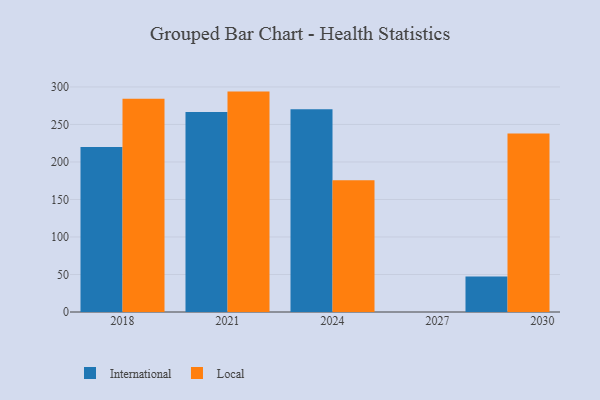
{"axis": {"x": "Year", "y": "Gross Profit (USD K)"}, "legend": ["International", "Local"], "data": [{"x": "2021", "y": 266.7, "type": "International"}, {"x": "2021", "y": 293.8, "type": "Local"}, {"x": "2018", "y": 219.8, "type": "International"}, {"x": "2018", "y": 284.4, "type": "Local"}, {"x": "2029", "y": 47.4, "type": "International"}, {"x": "2029", "y": 237.9, "type": "Local"}, {"x": "2024", "y": 270.4, "type": "International"}, {"x": "2024", "y": 175.7, "type": "Local"}]}